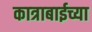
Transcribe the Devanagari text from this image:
कात्राबाईच्या